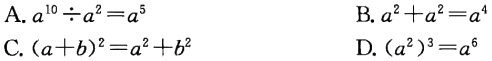
A. $a^{10}\div a^{2}=a^{5}$
B. $a^{2}+a^{2}=a^{4}$
C. $(a + b)^{2}=a^{2}+b^{2}$
D. $(a^{2})^{3}=a^{6}$